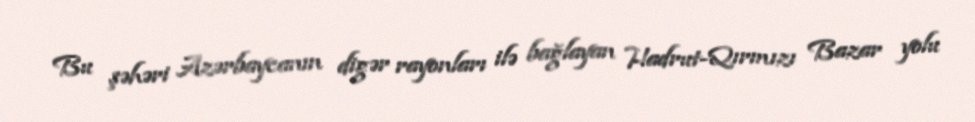
Bu şəhəri Azərbaycanın digər rayonları ilə bağlayan Hadrut-Qırmızı Bazar yolu